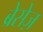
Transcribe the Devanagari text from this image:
ब्रेसेज़